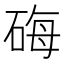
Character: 𬒐